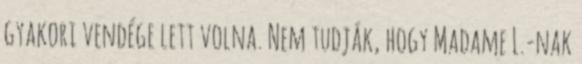
gyakori vendége lett volna. Nem tudják, hogy Madame L.-nak